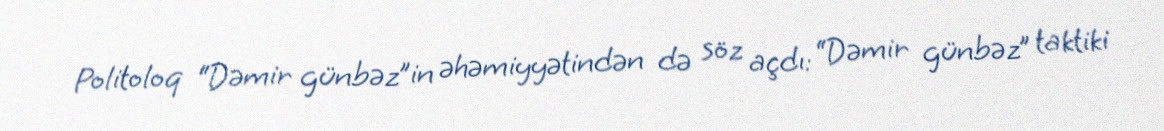
Politoloq “Dəmir günbəz”in əhəmiyyətindən də söz açdı: “Dəmir günbəz” taktiki